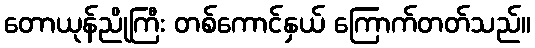
တောယုန်ညိုကြီး တစ်ကောင်နှယ် ကြောက်တတ်သည်။